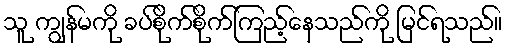
သူ ကျွန်မကို ခပ်စိုက်စိုက်ကြည့်နေသည်ကို မြင်ရသည်။